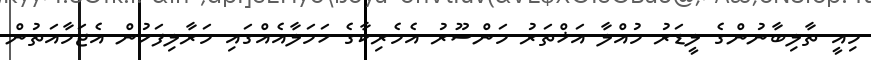
މިއީ ތާލިބާނުންގެ ލީޑަރު މުއްލާ އަޚްތަރު މަންސޫރު އެމެރިކާގެ ހަމަލާއެއްގައި މަރާލިފަހުން އެޖަމާއަތުން